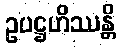
ဥပဋ္ဌဟိဿန္တိ